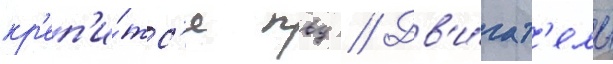
кр'еп'и́тс'я пвд // Дв'и́гат'ель